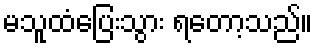
မသူထံပြေးသွား ရတော့သည်။